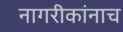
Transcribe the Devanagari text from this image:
नागरीकांनाच